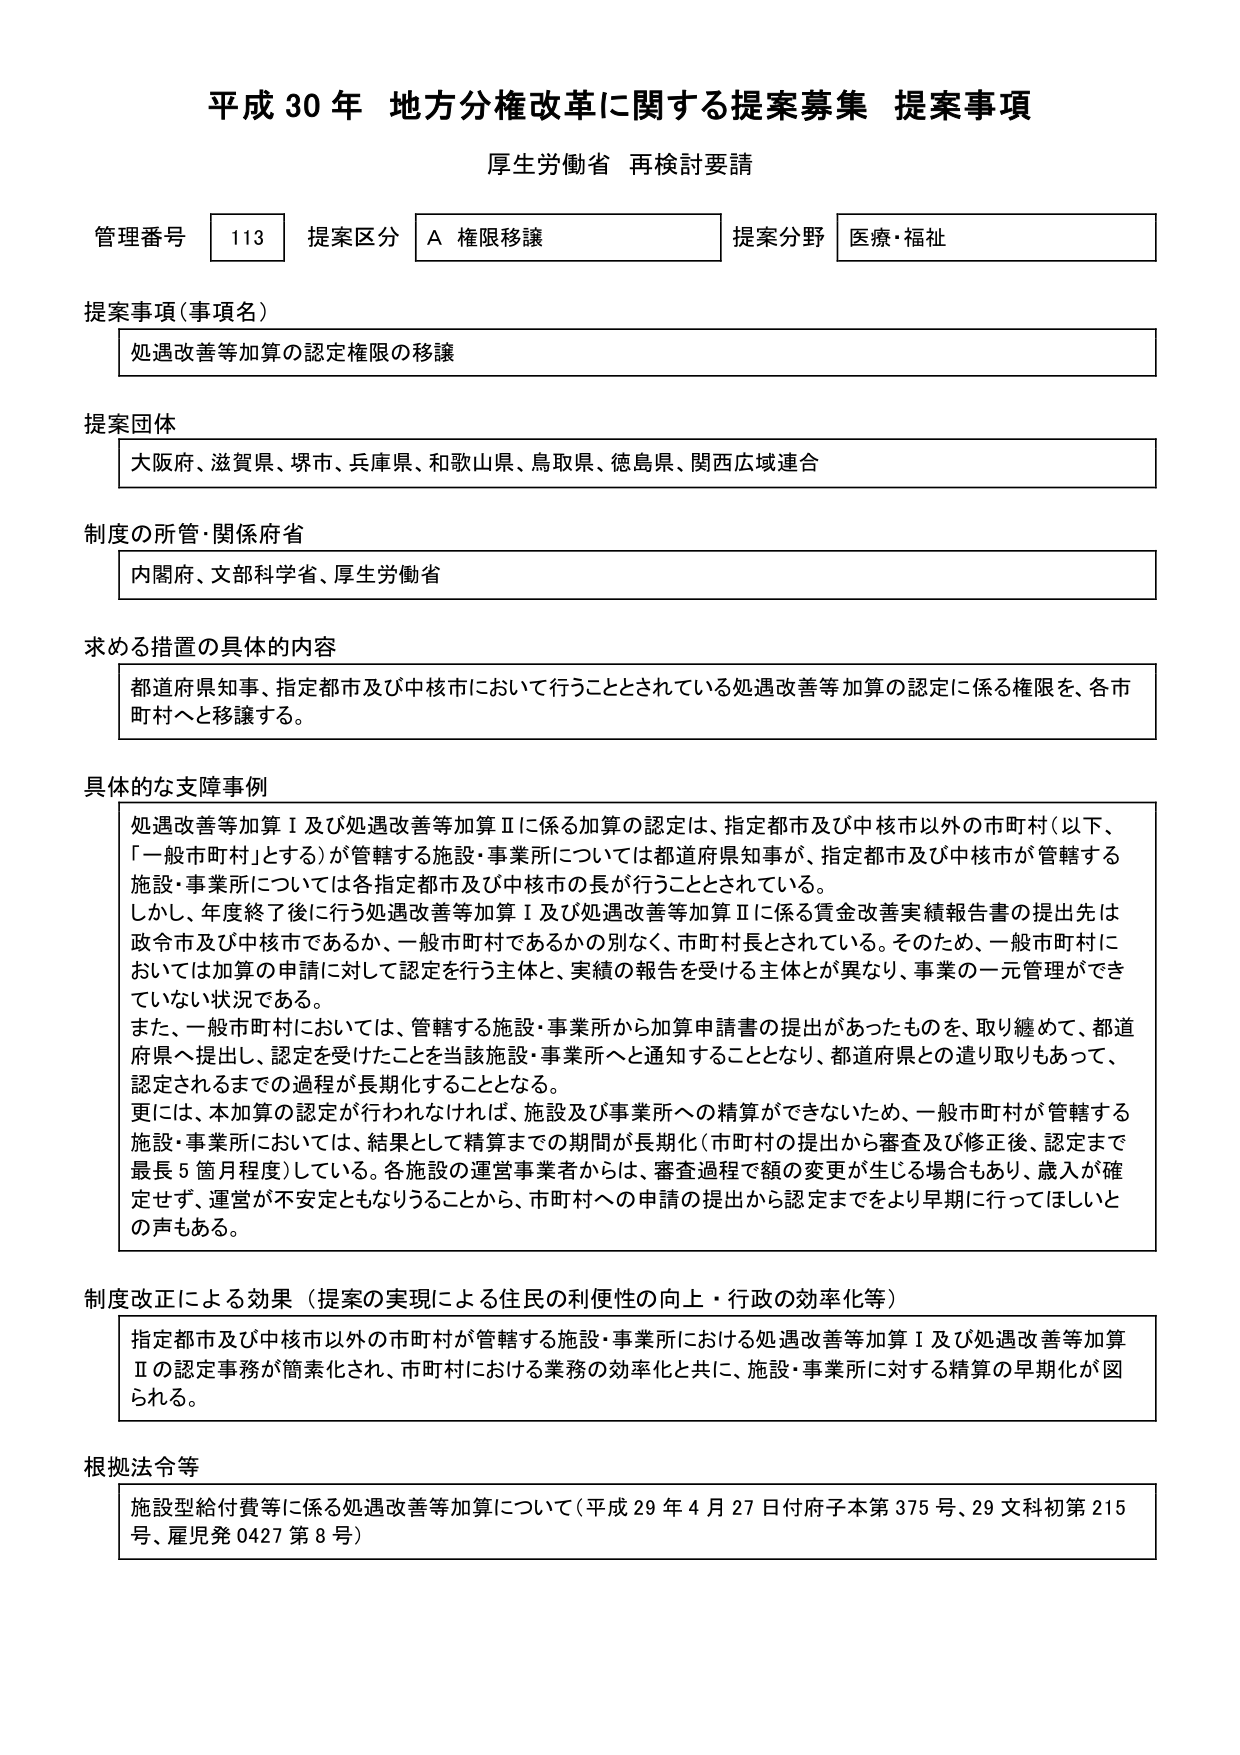
平成30年 地方分権改革に関する提案募集 提案事項
厚生労働省 再検討要請

管理番号 113 提案区分 A 権限移譲 提案分野 医療・福祉

提案事項（事項名）
処遇改善等加算の認定権限の移譲

提案団体
大阪府、滋賀県、堺市、兵庫県、和歌山県、鳥取県、徳島県、関西広域連合

制度の所管・関係府省
内閣府、文部科学省、厚生労働省

求める措置の具体的な内容
都道府県知事、指定都市及び中核市において行うこととされている処遇改善等加算の認定に係る権限を、各市町村へと移譲する。

具体的な支障事例
処遇改善等加算Ⅰ及び処遇改善等加算Ⅱに係る加算の認定は、指定都市及び中核市以外の市町村（以下、「一般市町村」とする）が管轄する施設・事業所については都道府県知事が、指定都市及び中核市が管轄する施設・事業所については各指定都市及び中核市の長が行うこととされている。
しかし、年度終了後に行う処遇改善等加算Ⅰ及び処遇改善等加算Ⅱに係る賃金改善実績報告書の提出先は政令市及び中核市であるか、一般市町村であるかの別なく、市町村長とされている。そのため、一般市町村においては加算の申請に対して認定を行う主体と、実績の報告を受ける主体が異なり、事業の一元管理ができていない状況である。
また、一般市町村においては、管轄する施設・事業所から加算申請書の提出があったものを、取り纏めて、都道府県へ提出し、認定を受けたことを当該施設・事業所へと通知することとなり、都道府県との遣り取りもあって、認定されるまでの過程が長期化することとなる。
更には、本加算の認定が行われなければ、施設及び事業所への精算ができないため、一般市町村が管轄する施設・事業所においては、結果として精算までの期間が長期化（市町村の提出から審査及び修正後、認定まで最長5箇月程度）している。各施設の運営事業者からは、審査過程で額の変更が生じる場合もあり、歳入が確定せず、運営が不安定ともなりうることから、市町村への申請の提出から認定までをより早期に行ってほしいとの声もある。

制度改正による効果（提案の実現による住民の利便性の向上・行政の効率化等）
指定都市及び中核市以外の市町村が管轄する施設・事業所における処遇改善等加算Ⅰ及び処遇改善等加算Ⅱの認定事務が簡素化され、市町村における業務の効率化と共に、施設・事業所に対する精算の早期化が図られる。

根拠法令等
施設型給付費等に係る処遇改善等加算について（平成29年4月27日付府子本第375号、29文科初第215号、雇児発0427第8号）